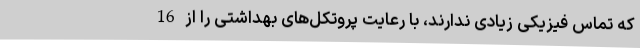
که تماس فیزیکی زیادی ندارند، با رعایت پروتکل‌های بهداشتی را از 16